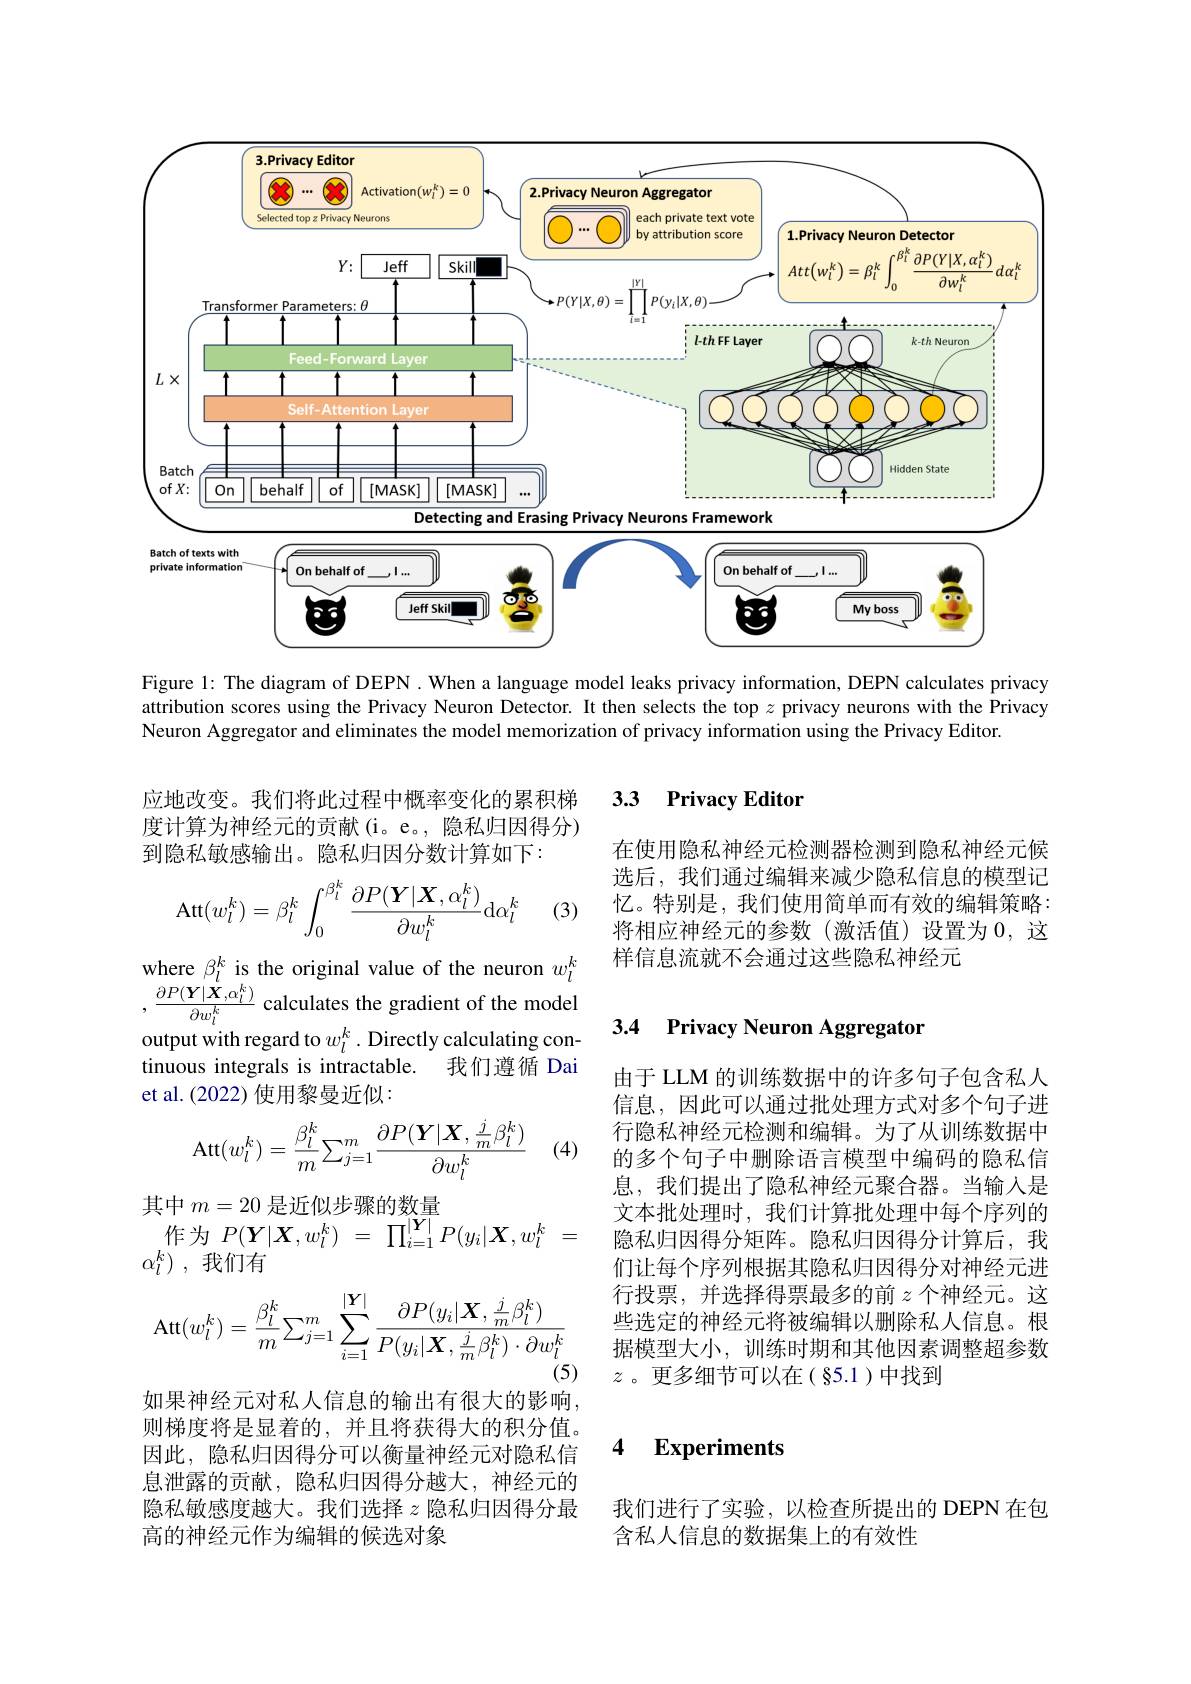
<FigureHere>
Figure 1: The diagram of DEPN. When a language model leaks privacy information, DEPN calculates privacy

attribution scores using the Privacy Neuron Detector. It then selects the top $z$ privacy neurons with the Privacy
Neuron Aggregator and eliminates the model memorization of privacy information using the Privacy Editor.

### 3.3 $\textbf{Privacy Editor}$

应地改变。我们将此过程中概率变化的累积梯度计算为神经元的贡献(i。e。, 隐私归因得分) 到隐私敏感输出。隐私归因分数计算如下：

在使用隐私神经元检测器检测到隐私神经元候选后，我们通过编辑来减少隐私信息的模型记忆。特别是，我们使用简单而有效的编辑策略： 将相应神经元的参数(激活值)设置为0，这样信息流就不会通过这些隐私神经元
$$\mathrm{Att}(w_l^k)=\beta_l^k\int_0^{\beta_l^k}\frac{\partial P(\boldsymbol{Y}|\boldsymbol{X},\alpha_l^k)}{\partial w_l^k}\mathrm{d}\alpha_l^k$$
(3)

### 3.4 Privacy Neuron Aggregator

where $\beta_l^k$ is the original value of the neuron $w_l^k$ $,\frac{\partial P(\boldsymbol{Y}|\boldsymbol{X},\alpha_{l}^{k})}{\partial w_{l}^{k}}$ calculates the gradient of the model output with regard to $w_l^k.$ Directly calculating continuous integrals is intractable. 我们遵循 Dai et al.(2022) 使用黎曼近似：
$$\mathrm{Att}(w_l^k)=\dfrac{\beta_l^k}{m}\sum_{j=1}^m\dfrac{\partial P(\boldsymbol{Y}|\boldsymbol{X},\frac{j}{m}\beta_l^k)}{\partial w_l^k}$$
(4)

由于 LLM 的训练数据中的许多句子包含私人信息，因此可以通过批处理方式对多个句子进行隐私神经元检测和编辑。为了从训练数据中的多个句子中删除语言模型中编码的隐私信息，我们提出了隐私神经元聚合器。当输入是文本批处理时，我们计算批处理中每个序列的隐私归因得分矩阵。隐私归因得分计算后，我们让每个序列根据其隐私归因得分对神经元进行投票，并选择得票最多的前$z$个神经元。这些选定的神经元将被编辑以删除私人信息。根据模型大小，训练时期和其他因素调整超参数$z$。更多细节可以在(§5.1)中找到

其中$m=20$是近似步骤的数量
作为$P( \boldsymbol{Y}| \boldsymbol{X}, w_{l}^{k})$ = $\prod _{i= 1}^{| \boldsymbol{Y}| }P( y_{i}| \boldsymbol{X}, w_{l}^{k}$ =
$\alpha _l^k)$ ,我们有
$$\mathrm{Att}(w_l^k)=\frac{\beta_l^k}{m}\sum_{j=1}^m\sum_{i=1}^{|\boldsymbol{Y}|}\frac{\partial P(y_i|\boldsymbol{X},\frac{j}{m}\beta_l^k)}{P(y_i|\boldsymbol{X},\frac{j}{m}\beta_l^k)\cdot\partial w_l^k}$$
(5)

### 4 $\textbf{Experiments}$

如果神经元对私人信息的输出有很大的影响， 则梯度将是显着的，并且将获得大的积分值。因此，隐私归因得分可以衡量神经元对隐私信息泄露的贡献，隐私归因得分越大，神经元的隐私敏感度越大。我们选择$z$隐私归因得分最高的神经元作为编辑的候选对象

我们进行了实验，以检查所提出的 DEPN 在包
含私人信息的数据集上的有效性